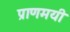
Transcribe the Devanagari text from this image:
प्राणमयी